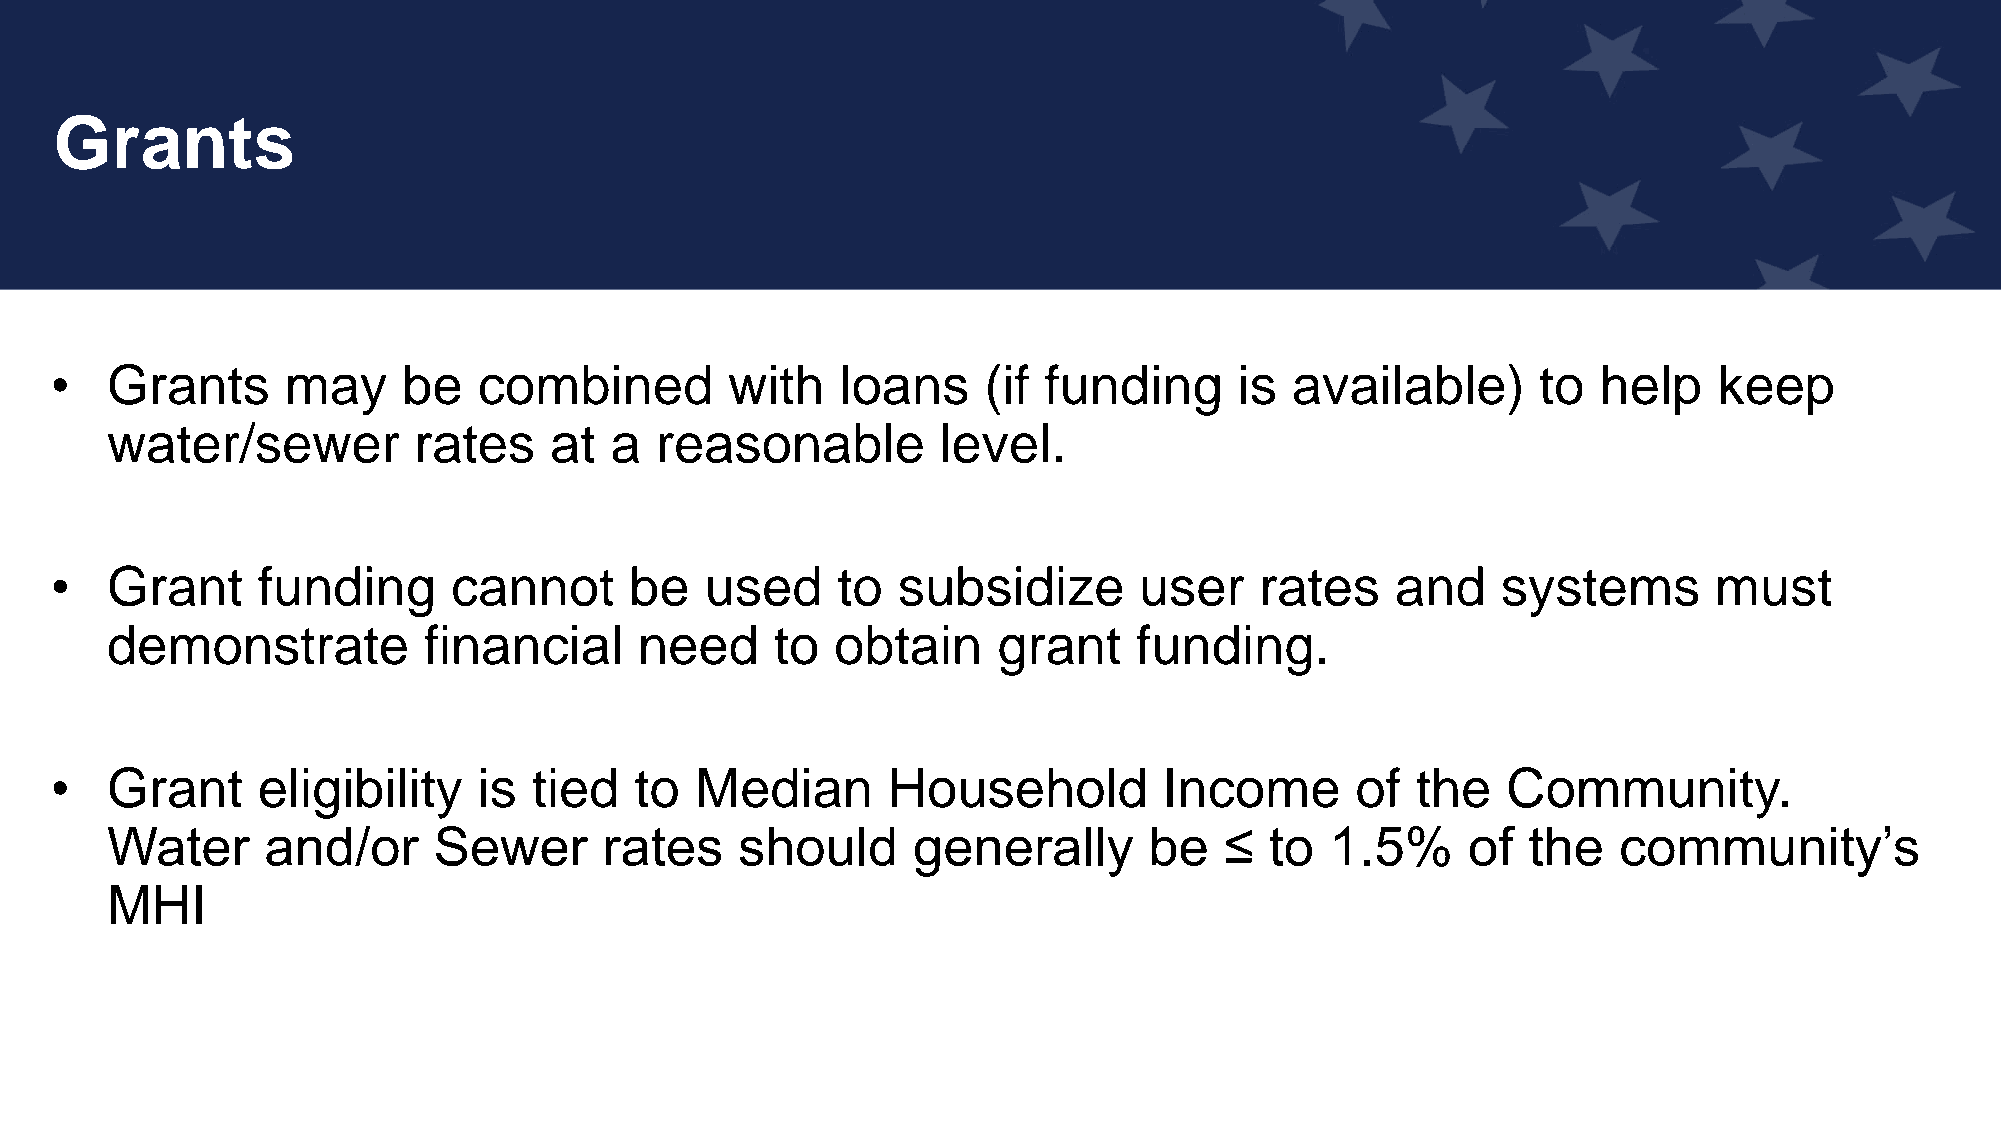
Grants
 •   Grants      may     be   combined        with    loans    (if funding      is available)       to  help    keep
 water/sewer         rates    at  a  reasonable         level.
 •   Grant     funding      cannot      be   used    to  subsidize       user    rates    and    systems       must
 demonstrate          financial     need     to  obtain     grant    funding.
 •   Grant     eligibility    is tied   to  Median       Household         Income       of  the   Community.
 Water      and/or     Sewer      rates    should     generally       be   ≤  to  1.5%     of  the   community’s
 MHI